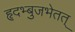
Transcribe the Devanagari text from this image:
हृदभ्बुजभेतत्